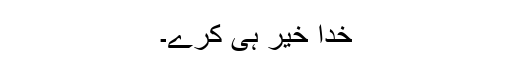
خدا خیر ہی کرے۔